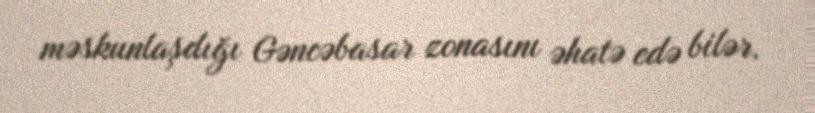
məskunlaşdığı Gəncəbasar zonasını əhatə edə bilər.